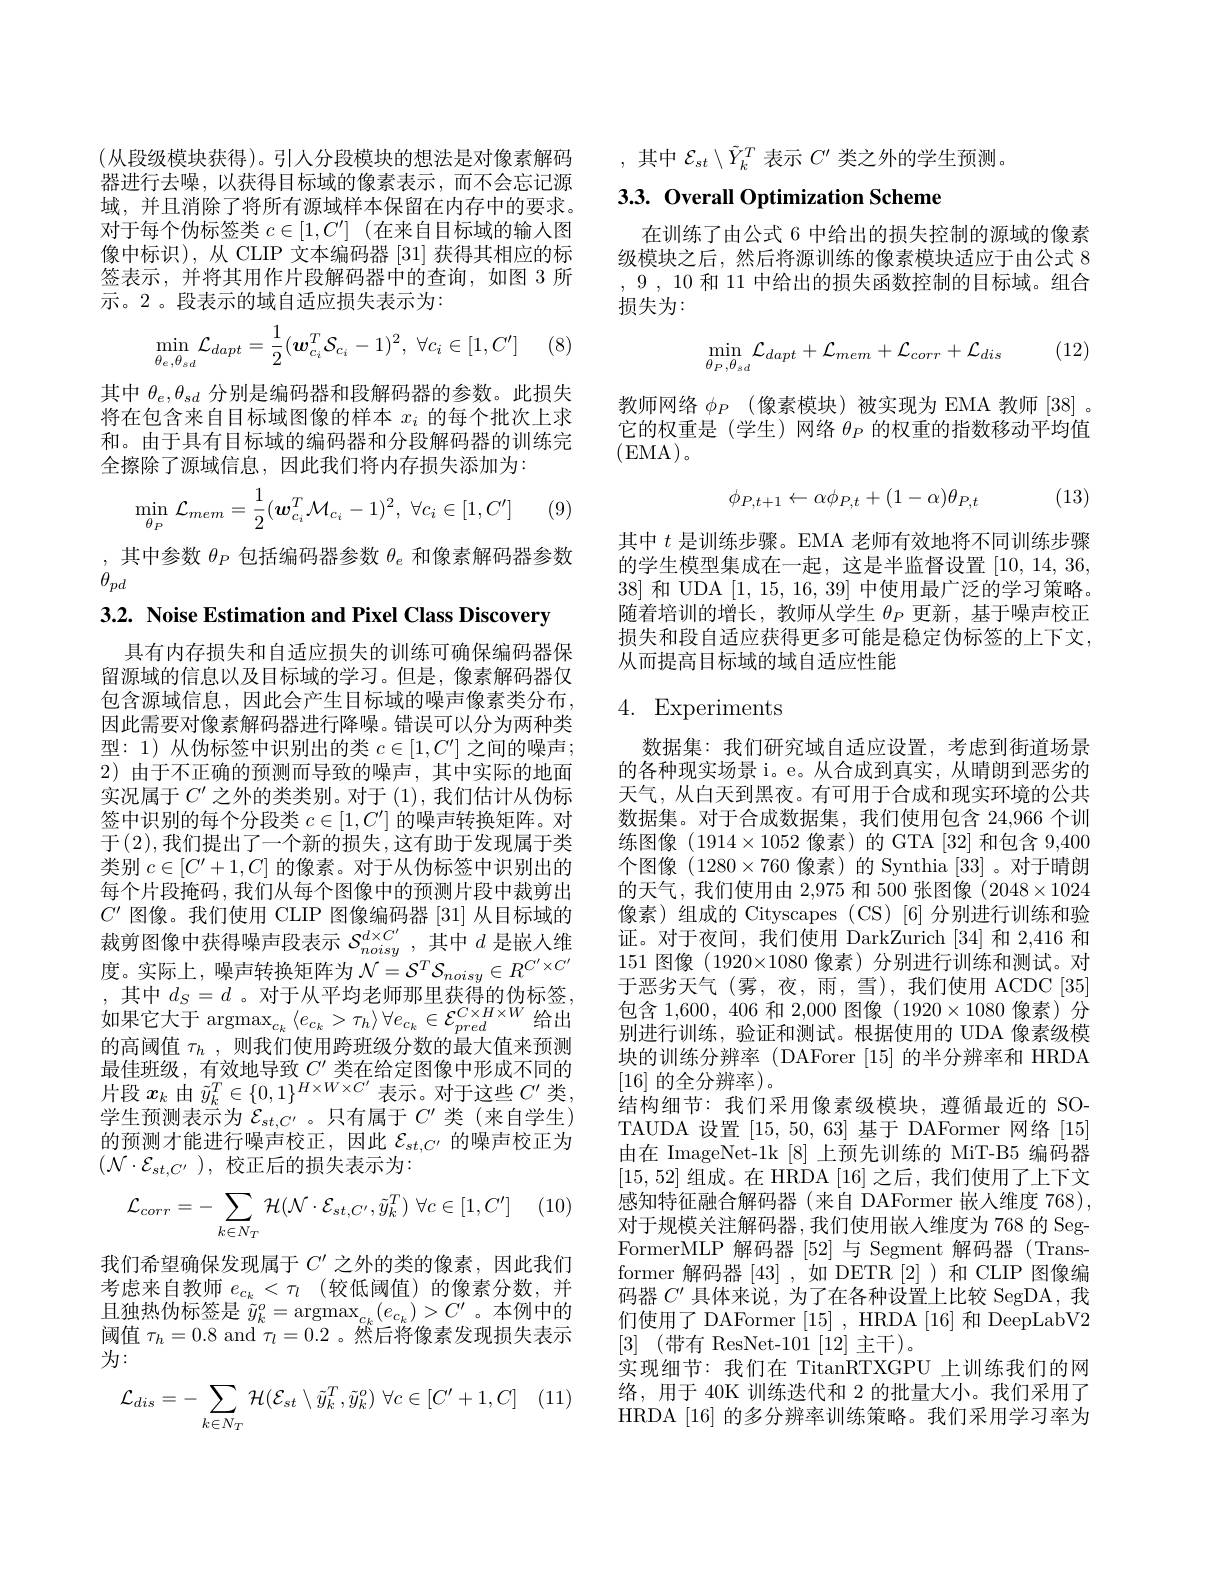
(从段级模块获得)。引人分段模块的想法是对像素解码器进行去噪，以获得目标域的像素表示，而不会忘记源域，并且消除了将所有源域样本保留在内存中的要求。对于每个伪标签类$c\in[1,C^\prime]$ (在来自目标域的输入图像中标识),从 CLIP 文本编码器[31]获得其相应的标签表示，并将其用作片段解码器中的查询，如图 3 所示。2。段表示的域自适应损失表示为：
$$\min\limits_{\theta_{e},\theta_{sd}}\mathcal{L}_{dapt}=\dfrac{1}{2}(\boldsymbol{w}_{c_{i}}^{T}\mathcal{S}_{c_{i}}-1)^{2},\:\forall c_{i}\in[1,C']$$
(8)

其中$\theta_e,\theta_{sd}$分别是编码器和段解码器的参数。此损失将在包含来自目标域图像的样本$x_i$的每个批次上求和。由于具有目标域的编码器和分段解码器的训练完全擦除了源域信息，因此我们将内存损失添加为：
$$\min\limits_{\theta_P}\mathcal{L}_{mem}=\dfrac{1}{2}(\boldsymbol{w}_{c_i}^T\mathcal{M}_{c_i}-1)^2,\:\forall c_i\in[1,C']$$
(9

$\begin{array}{l},\text{ 其中参数 }\theta_P\text{ 包括编码器参数 }\theta_e\text{ 和像素解码器参数}\\\theta_{pd}\end{array}$

3.2. Noise Estimation and Pixel Class Discovery

具有内存损失和自适应损失的训练可确保编码器保留源域的信息以及目标域的学习。但是，像素解码器仅包含源域信息，因此会产生目标域的噪声像素类分布， 因此需要对像素解码器进行降噪。错误可以分为两种类型：1)从伪标签中识别出的类$c\in[1,C^{\prime}]$之间的噪声； 2)由于不正确的预测而导致的噪声，其中实际的地面实况属于$C^\prime$之外的类类别。对于 (1),我们估计从伪标签中识别的每个分段类$c\in[1,C^\prime]$的噪声转换矩阵。对于(2),我们提出了一个新的损失，这有助于发现属于类类别$c\in[C^{\prime}+1,C]$的像素。对于从伪标签中识别出的每个片段掩码，我们从每个图像中的预测片段中裁剪出$C^{\prime}$图像。我们使用 CLIP 图像编码器[31]从目标域的裁剪图像中获得噪声段表示$\mathcal{S}_noisy^{d\times C^{\prime}}$,其中$d$是嵌人维度。实际上，噪声转换矩阵为$\mathcal{N}=\mathcal{S}^T\mathcal{S}_{noisy}\in R^{C^{\prime}\times C^{\prime}}$ ,其中$d_S=d$。对于从平均老师那里获得的伪标签， 如果它大于 $\operatorname{argmax}_{c_k}\left\langle e_{c_k}>\tau_h\right\rangle\forall e_{c_k}\in\mathcal{E}_{pred}^{C\times H\times W}$给出的高阈值$\tau_h$ ,则我们使用跨班级分数的最大值来预测最佳班级，有效地导致$C^\prime$类在给定图像中形成不同的片段$x_k$由$\tilde{y}_k^T\in\{0,1\}^{H\times W\times C^{\prime}}$表示。对于这些$C^\prime$类， 学生预测表示为$\mathcal{E}_st,C^{\prime}$。只有属于$C^\prime$类(来自学生) 的预测才能进行噪声校正，因此$\mathcal{E}_st,C^{\prime}$的噪声校正为$(\mathcal{N}\cdot\mathcal{E}_{st,C^{\prime}})$,校正后的损失表示为：
$$\mathcal{L}_{corr}=-\sum\limits_{k\in N_T}\mathcal{H}(\mathcal{N}\cdot\mathcal{E}_{st,C'},\tilde{y}_k^T)\:\forall c\in[1,C']$$
我们希望确保发现属于$C^{\prime}$之外的类的像素，因此我们考虑来自教师 $e_{c_k}< \tau _l$ (较低阈值)的像素分数，并且独热伪标签是$\tilde{y}_k^o=\operatorname*{argmax}_{c_k}(e_{c_k})>C^{\prime}$。本例中的阈值$\tau_h=0.8$ and $\tau_l=0.2$ 。然后将像素发现损失表示为：
$$\mathcal{L}_{dis}=-\sum_{k\in N_{T}}\mathcal{H}(\mathcal{E}_{st}\setminus\tilde{y}_{k}^{T},\tilde{y}_{k}^{o})\:\forall c\in[C^{\prime}+1,C]$$
,其中$\mathcal{E}_st\setminus\tilde{Y}_k^T$表示$C^\prime$类之外的学生预测

## 3.3. Overall Optimization Scheme

在训练了由公式 6 中给出的损失控制的源域的像素级模块之后，然后将源训练的像素模块适应于由公式 8 ,9,10和 11 中给出的损失函数控制的目标域。组合损失为：

(12)
$$\min_{\theta_{P},\theta_{sd}}\mathcal{L}_{dapt}+\mathcal{L}_{mem}+\mathcal{L}_{corr}+\mathcal{L}_{dis}$$
教师网络$\phi_P$ (像素模块)被实现为 EMA 教师[38]。它的权重是(学生)网络$\theta_P$的权重的指数移动平均值(EMA)。

(13)
$$\phi_{P,t+1}\leftarrow\alpha\phi_{P,t}+(1-\alpha)\theta_{P,t}$$
其中$t$是训练步骤。EMA 老师有效地将不同训练步骤的学生模型集成在一起，这是半监督设置[10,14,36, 38]和 UDA [1,15,16,39]中使用最广泛的学习策略。随着培训的增长，教师从学生$\theta_P$更新，基于噪声校正损失和段自适应获得更多可能是稳定伪标签的上下文， 从而提高目标域的域自适应性能

## 4. Experiments

数据集：我们研究域自适应设置，考虑到街道场景的各种现实场景 i。e。从合成到真实，从晴朗到恶劣的天气，从白天到黑夜。有可用于合成和现实环境的公共数据集。对于合成数据集，我们使用包含 24,966 个训练图像$(1914\times1052$像素)的 GTA [32]和包含 9,400个图像(1280$\times760 像素)的 Synthia [33]。对于晴朗$ 的天气，我们使用由 2,975 和 500 张图像$(2048\times1024$ 像素)组成的 Cityscapes (CS)[6]分别进行训练和验证。对于夜间，我们使用 DarkZurich [34] 和 2,416 和151图像(1920×1080 像素)分别进行训练和测试。对于恶劣天气(雾，夜，雨，雪),我们使用 ACDC[35] 包含 1,600, 406 和 2,000 图像 (1920$\times1080$像素)分别进行训练，验证和测试。根据使用的 UDA 像素级模块的训练分辨率 (DAForer [15] 的半分辨率和 HRDA [16]的全分辨率)。
结构细节：我们采用像素级模块，遵循最近的 SOTAUDA 设置[15,50,63]基于 DAFormer 网络[15] 由在 ImageNet-1k [8] 上预先训练的 MiT-B5 编码器[15,52]组成。在 HRDA [16]之后，我们使用了上下文感知特征融合解码器(来自 DAFormer 嵌人维度 768), 对于规模关注解码器，我们使用嵌入维度为 768 的 SegFormerMLP 解码器[52]与 Segment 解码器(Trans former 解码器[43] ,如 DETR [2] )和 CLIP 图像编码器$C^{\prime}$具体来说，为了在各种设置上比较 SegDA,我们使用了 DAFormer [15], HRDA [16]和 DeepLabV2 [3] (带有 ResNet-101[12] 主干)。
实现细节：我们在 TitanRTXGPU 上训练我们的网络，用于 40K 训练迭代和 2 的批量大小。我们采用了HRDA [16] 的多分辨率训练策略。我们采用学习率为